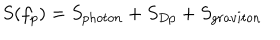
S ( f _ { p } ) = S _ { p h o t o n } + S _ { D p } + S _ { g r a v i t o n }